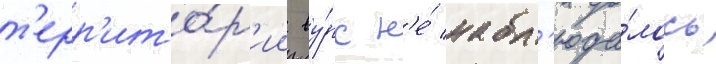
т'ерр'ито́р'ии ву́рс н'е́ набл'юда́лось